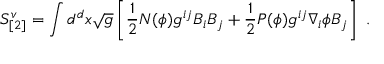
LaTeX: S _ { [ 2 ] } ^ { v } = \int d ^ { d } x \sqrt { g } \left[ \frac { 1 } { 2 } N ( \phi ) g ^ { i j } B _ { i } B _ { j } + \frac { 1 } { 2 } P ( \phi ) g ^ { i j } \nabla _ { i } \phi B _ { j } \right] ~ .